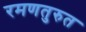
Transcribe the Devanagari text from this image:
रमणतुरुत